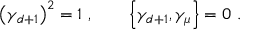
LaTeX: \left( \gamma _ { d + 1 } \right) ^ { 2 } = 1 \, \, , \qquad \left\{ \gamma _ { d + 1 } , \gamma _ { \mu } \right\} = 0 \, \, .